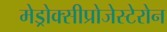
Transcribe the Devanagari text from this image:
मेड्रोक्सीप्रोजेस्टेरोन